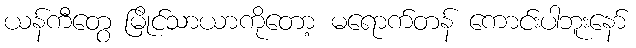
ယန်ကီတွေ မြိုင်သာယာကိုတော့ မရောက်တန် ကောင်းပါဘူးနော်